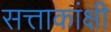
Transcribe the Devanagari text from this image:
सत्ताकांक्षी